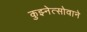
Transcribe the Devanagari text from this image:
कुझ्नेत्सोवाने